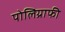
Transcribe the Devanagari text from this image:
पोलिग्राफी